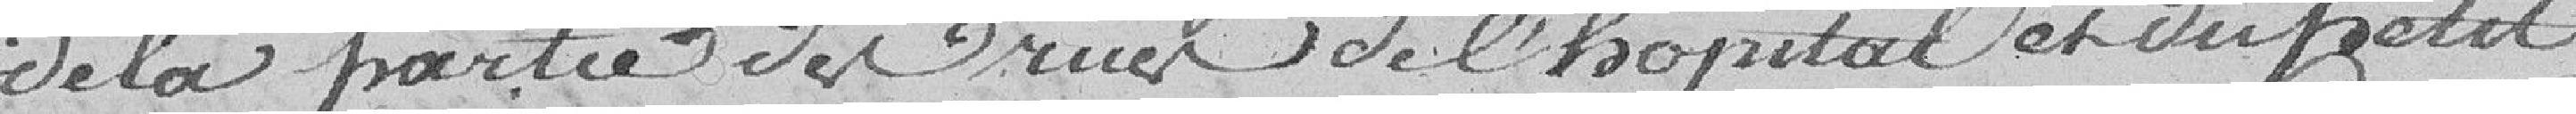
de la partie des rues de l'hôpital et du petit